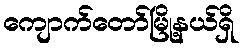
ကျောက်တော်မြို့နယ်ရှိ